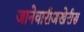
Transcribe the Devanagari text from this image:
जानेवारीअखेरीस